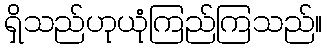
ရှိသည်ဟုယုံကြည်ကြသည်။